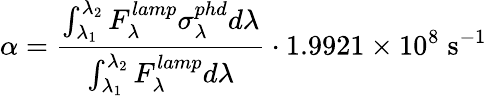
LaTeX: \alpha=\frac{\int_{\lambda_{1}}^{\lambda_{2}}F_{\lambda}^{lamp}\sigma_{\lambda}^{phd}d\lambda}{\int_{\lambda_{1}}^{\lambda_{2}}F_{\lambda}^{lamp}d\lambda}\cdot 1.9921\times 10^{8}\; \mathrm{{s^{-1}}}